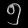
Digit: ၅